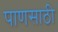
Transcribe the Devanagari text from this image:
पाणसाठी